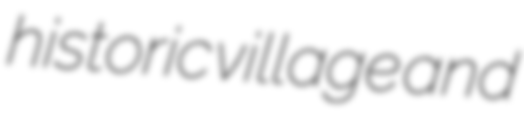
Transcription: historic village and